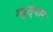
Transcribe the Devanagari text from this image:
मरुस्थान